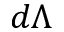
d \Lambda